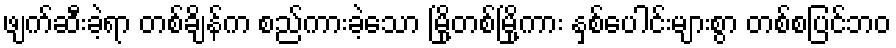
ဖျက်ဆီးခဲ့ရာ တစ်ချိန်က စည်ကားခဲ့သော မြို့တစ်မြို့ကား နှစ်ပေါင်းများစွာ တစ်စပြင်ဘဝ